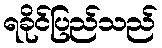
ရခိုင်ပြည်သည်